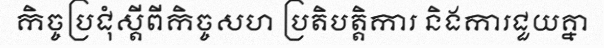
កិច្ចប្រជុំស្តីពីកិច្ចសហ ប្រតិបត្តិការ និងការជួយគ្នា